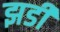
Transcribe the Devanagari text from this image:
झडी